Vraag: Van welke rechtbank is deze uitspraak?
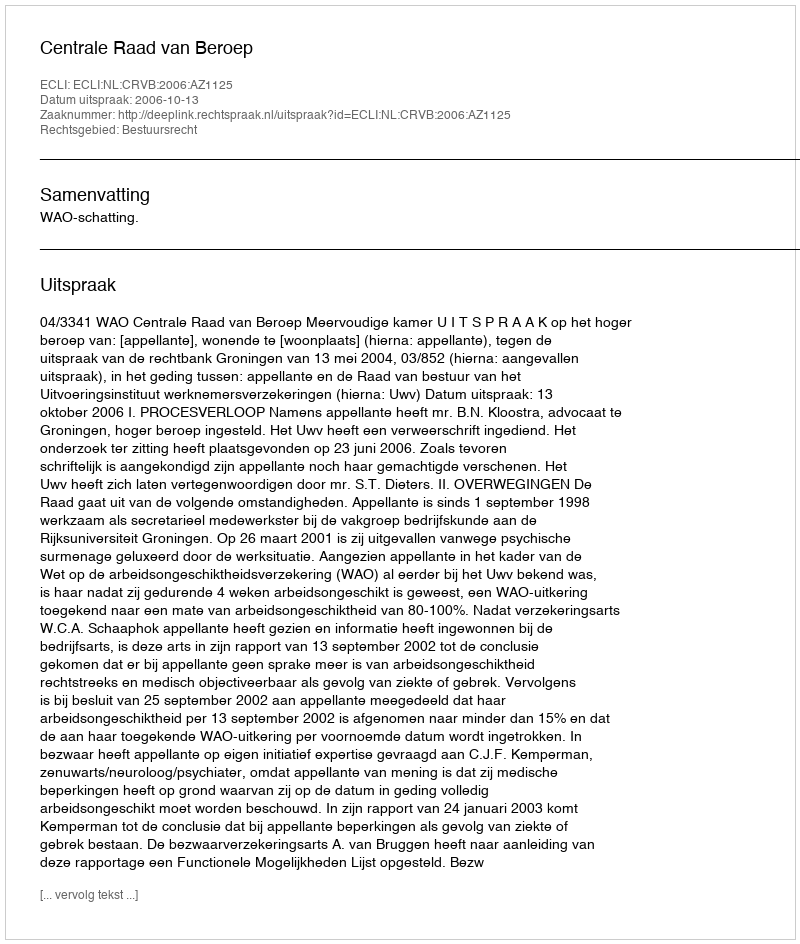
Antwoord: Centrale Raad van Beroep